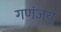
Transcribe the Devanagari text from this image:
गणंजय